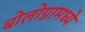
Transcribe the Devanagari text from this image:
बोलोग्नामध्ये